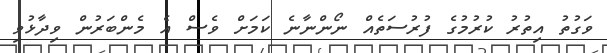
ވަގުތު އިތުރު ކުރުމުގެ ފުރުސަތެއް ނޯންނާނެ ކަމަށް ވެސް އެ މެންބަރުން ވިދާޅުވި